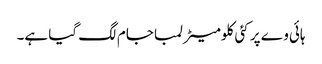
ہائی وے پر کئی کلومیٹر لمبا جام لگ گیا ہے۔